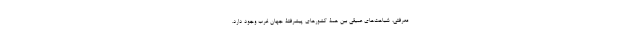
معرفتی، شباهت‌های عمیقی بین همۀ کشورهای پیشرفتۀ جهان غرب وجود دارد.